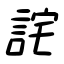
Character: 詫